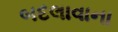
બદલાવાના